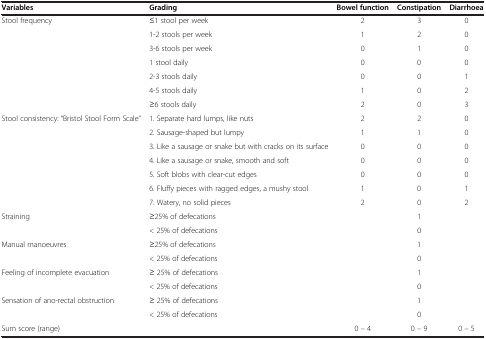
<table><thead><tr><td><b>Variables</b></td><td><b>Grading</b></td><td><b>Bowel function</b></td><td><b>Constipation</b></td><td><b>Diarrhoea</b></td></tr></thead><tbody><tr><td rowspan="7">Stool frequency</td><td>≤1 stool per week</td><td>2</td><td>3</td><td>0</td></tr><tr><td>1-2 stools per week</td><td>1</td><td>2</td><td>0</td></tr><tr><td>3-6 stools per week</td><td>0</td><td>1</td><td>0</td></tr><tr><td>1 stool daily</td><td>0</td><td>0</td><td>0</td></tr><tr><td>2-3 stools daily</td><td>0</td><td>0</td><td>1</td></tr><tr><td>4-5 stools daily</td><td>1</td><td>0</td><td>2</td></tr><tr><td>≥6 stools daily</td><td>2</td><td>0</td><td>3</td></tr><tr><td rowspan="7">Stool consistency: “Bristol Stool Form Scale”</td><td>1. Separate hard lumps, like nuts</td><td>2</td><td>2</td><td>0</td></tr><tr><td>2. Sausage-shaped but lumpy</td><td>1</td><td>1</td><td>0</td></tr><tr><td>3. Like a sausage or snake but with cracks on its surface</td><td>0</td><td>0</td><td>0</td></tr><tr><td>4. Like a sausage or snake, smooth and soft</td><td>0</td><td>0</td><td>0</td></tr><tr><td>5. Soft blobs with clear-cut edges</td><td>0</td><td>0</td><td>0</td></tr><tr><td>6. Fluffy pieces with ragged edges, a mushy stool</td><td>1</td><td>0</td><td>1</td></tr><tr><td>7. Watery, no solid pieces</td><td>2</td><td>0</td><td>2</td></tr><tr><td rowspan="2">Straining</td><td>≥25% of defecations</td><td> </td><td>1</td><td> </td></tr><tr><td>&lt; 25% of defecations</td><td> </td><td>0</td><td> </td></tr><tr><td rowspan="2">Manual manoeuvres</td><td>≥25% of defecations</td><td> </td><td>1</td><td> </td></tr><tr><td>&lt; 25% of defecations</td><td> </td><td>0</td><td> </td></tr><tr><td rowspan="2">Feeling of incomplete evacuation</td><td>≥ 25% of defecations</td><td> </td><td>1</td><td> </td></tr><tr><td>&lt; 25% of defecations</td><td> </td><td>0</td><td> </td></tr><tr><td rowspan="2">Sensation of ano-rectal obstruction</td><td>≥ 25% of defecations</td><td> </td><td>1</td><td> </td></tr><tr><td>&lt; 25% of defecations</td><td> </td><td>0</td><td> </td></tr><tr><td>Sum score (range)</td><td> </td><td>0 – 4</td><td>0 – 9</td><td>0 – 5</td></tr></tbody></table>